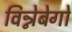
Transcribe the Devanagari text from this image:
विन्नेबेगो